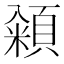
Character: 𮨓